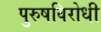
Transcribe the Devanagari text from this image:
पुरुषविरोधी